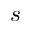
s